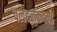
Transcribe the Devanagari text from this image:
चलहलकदमी